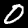
Digit: 0